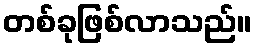
တစ်ခုဖြစ်လာသည်။